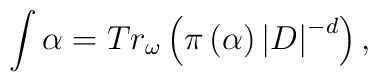
\int\alpha=Tr_{\omega}\left(  \pi\left(  \alpha\right)  \left|  D\right|^{-d}\right)  ,